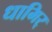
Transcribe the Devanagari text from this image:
धामिर्